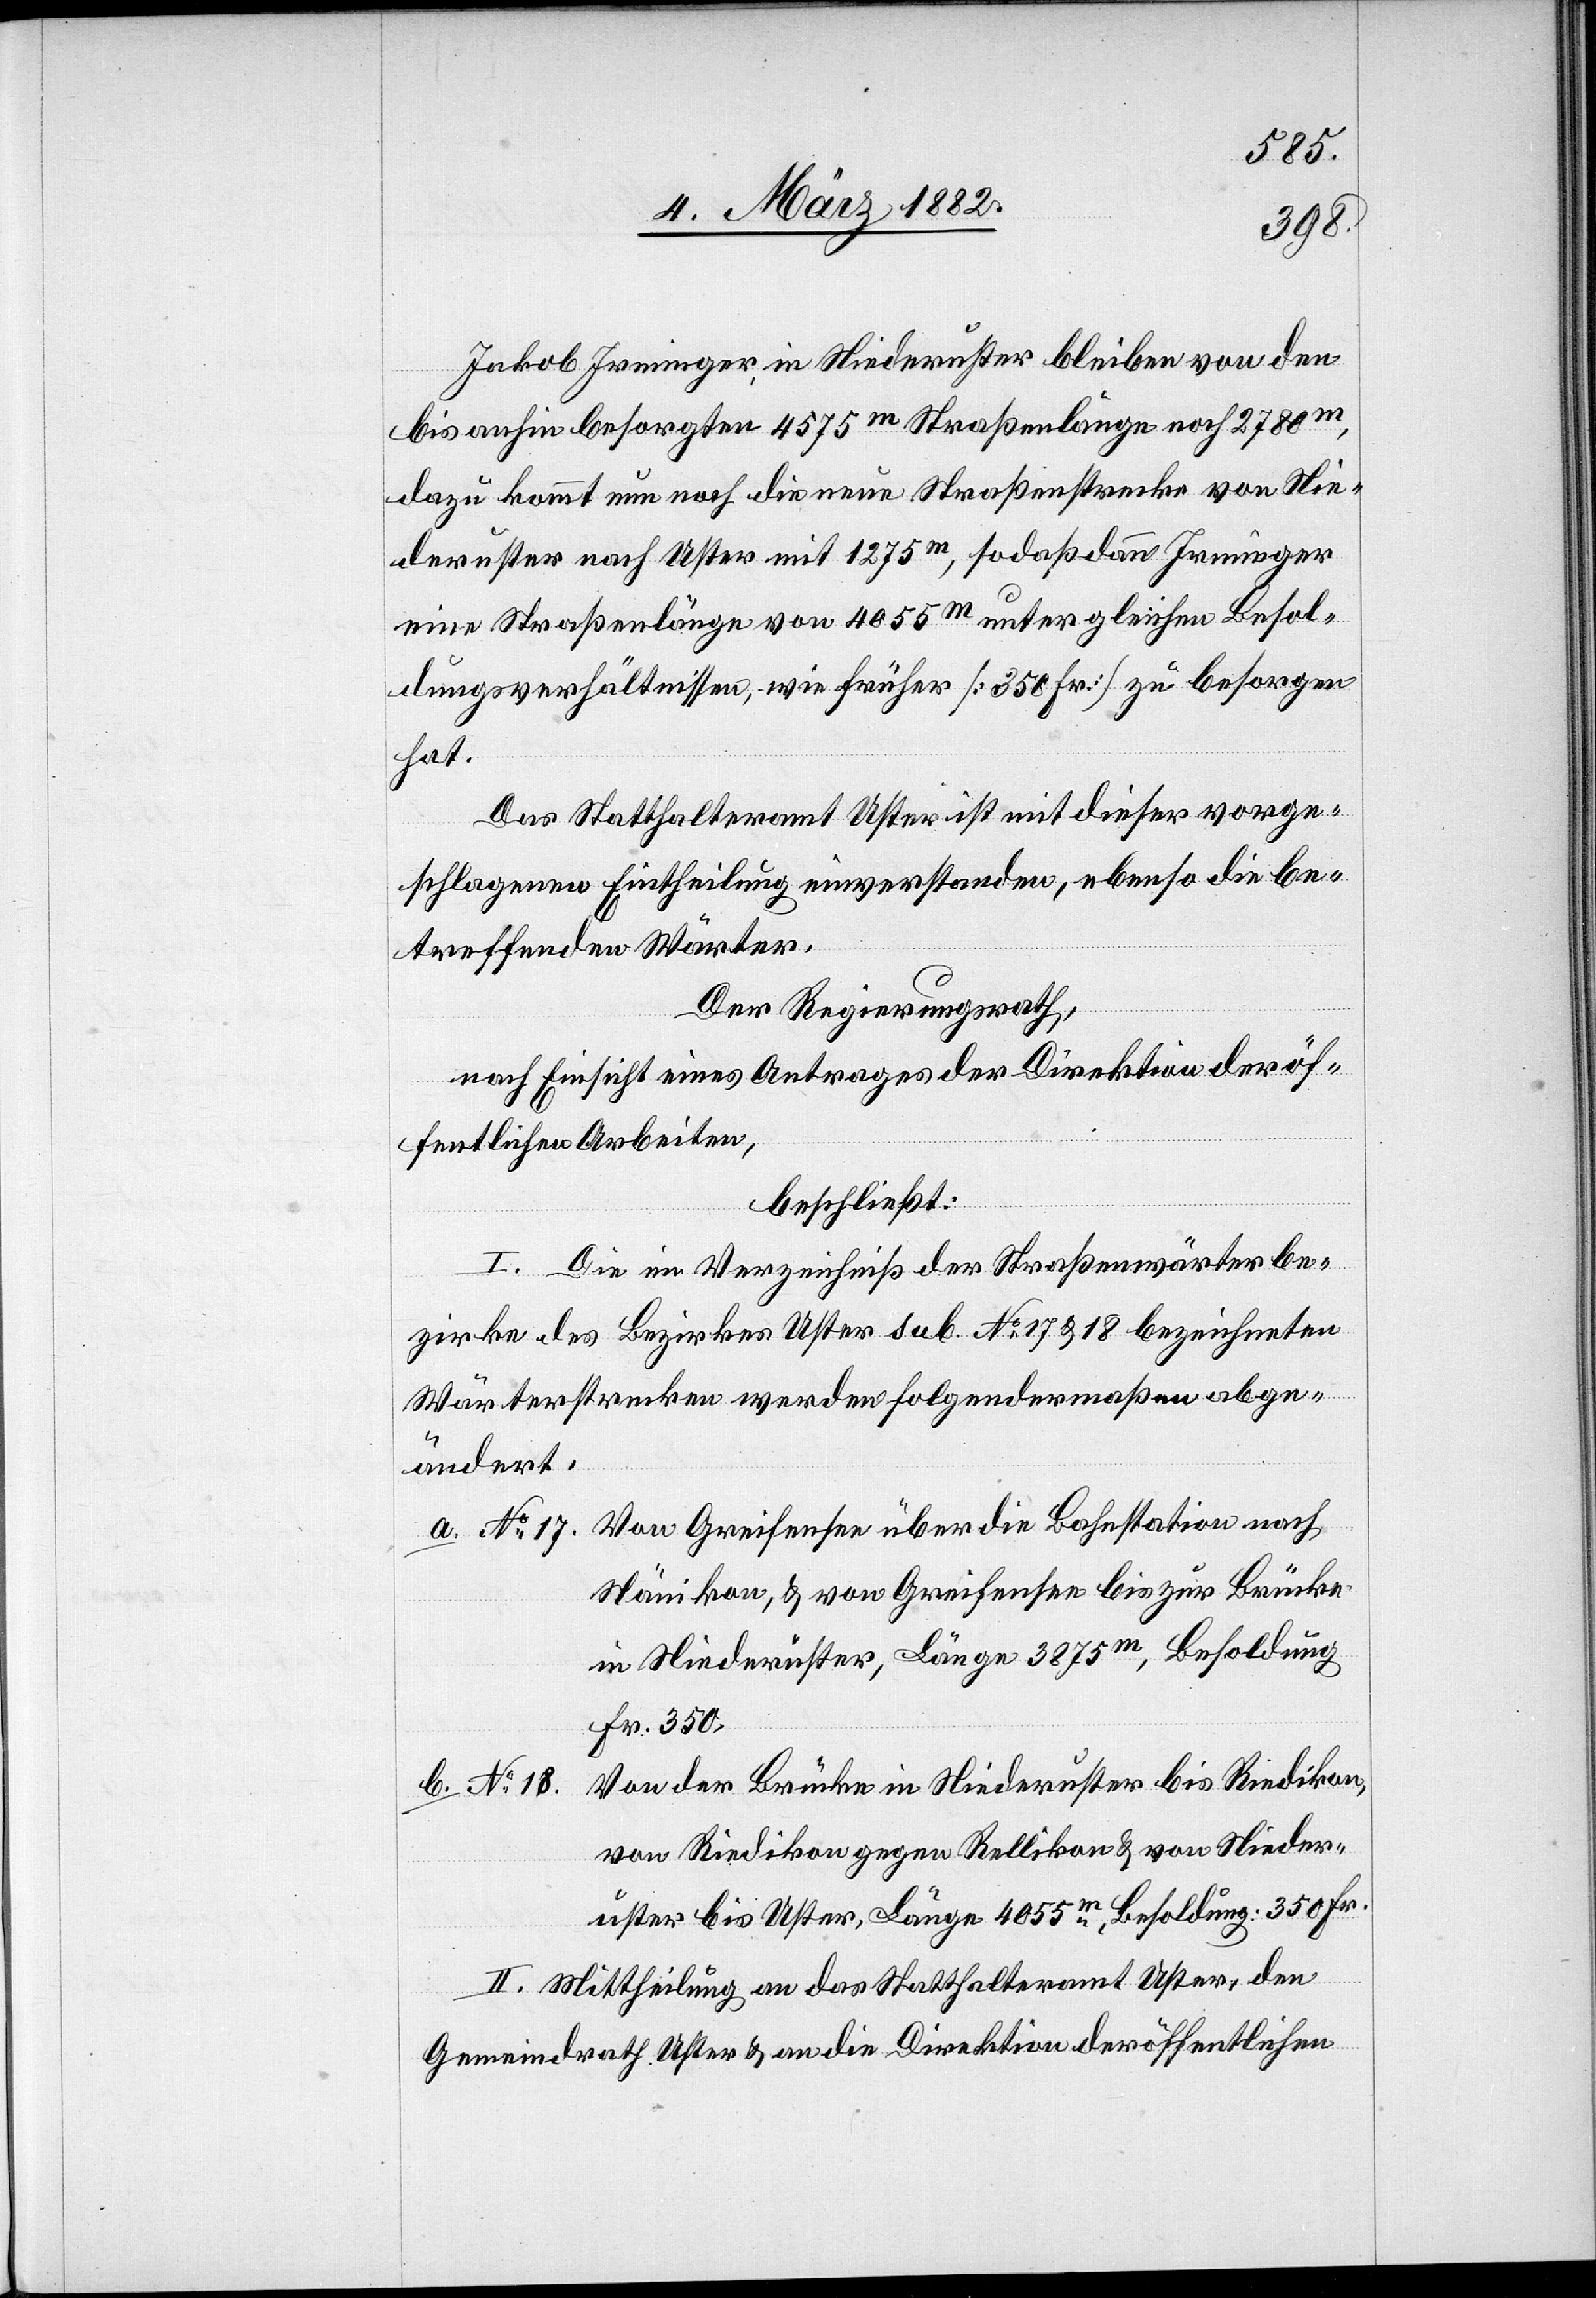
Jakob Irminger, in Niederuster bleiben von der
bis anhin besorgten 4575m Straßenlänge noch 2780m,
dazu kommt nun noch die neue Straßenstrecke von Nie¬
deruster nach Uster mit 1275m, sodaß dann Irminger
eine Straßenlänge von 4055m unter gleichen Besol¬
dungsverhältnissen, wie früher [350 Fr.] zu besorgen
hat.
Das Statthalteramt Uster ist mit dieser vorge¬
schlagenen Eintheilung einverstanden, ebenso die be¬
treffenden Wärter.
Der Regierungsrath,
nach Einsicht eines Antrages der Direktion der öf¬
fentlichen Arbeiten,
beschließt:
I. Die im Verzeichniß der Straßenwärterbe¬
zirke des Bezirkes Uster Sub. No 17 & 18 bezeichneten
Wärterstrecke werden folgendermaßen abge¬
ändert:
a. No 17. Von Greifensee über die Bahnstation nach
Nänikon, & von Greifensee bis zur Brücke
in Niederuster, Länge 3875m, Besoldung
Fr. 350.
Von der Brücke in Niederuster bis Riedikon,
b. No 18.
von Riedikon gegen Rellikon & von Nieder¬
uster bis Uster, Länge 4055m, Besoldung: 350 Fr.
II. Mittheilung an das Statthalteramt Uster, den
Gemeindrath Uster & an die Direktion der öffentlichen